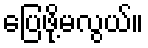
ပြေဖို့မလွယ်။